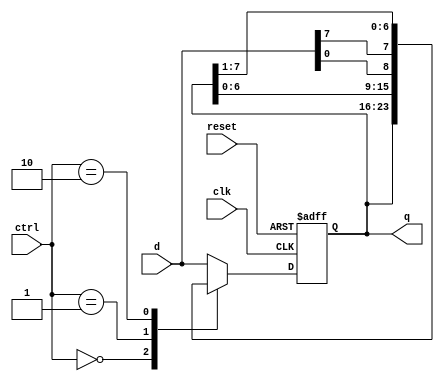
module univ_shift_reg #(parameter N = 8)
					(clk, reset, ctrl, d, q);

	input wire clk, reset;
	input wire [1:0] ctrl;
	input wire [N-1:0] d;
	output wire [N-1:0] q;

	reg [N-1:0] r_reg, r_next;

	//register
	always @(posedge clk, posedge reset)
		if(reset)
			r_reg <= 0;
		else
			r_reg <= r_next;

	// next-state logic
	always @*
		case(ctrl)
			2'b00: r_next = r_reg;
			2'b01: r_next = {r_reg[N-2:0], d[0]};
			2'b10: r_next = {d[N-1], r_reg[N-1:1]};
			default: r_next = d;
		endcase

	// output
	assign q = r_reg;
endmodule